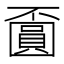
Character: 𡈯